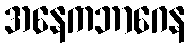
အနေကဘာဂေန